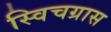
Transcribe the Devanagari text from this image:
स्विचग्रास